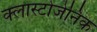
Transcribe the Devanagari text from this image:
क्लास्टोजेनिक